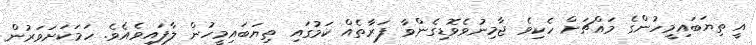
އީ ތިޔަބައިމީހުންގެ މައްޗަށް ހެކިވެ ޖާމިނުވެވޮޑިގެންވާ ފަރާތެއް ކަމުގައި ތިޔަބައިމީހުން ލާފައިވެއެވެ. ހަމަކަށަވަރުން